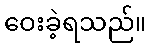
ဝေးခဲ့ရသည်။